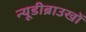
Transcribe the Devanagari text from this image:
न्यूडीब्राउखों